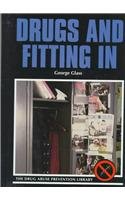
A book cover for Drugs and Fitting in (Drug Abuse Prevention Library); George Glass; Teen & Young Adult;